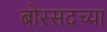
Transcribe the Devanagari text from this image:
बोरसदच्या